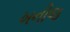
ખનીજ